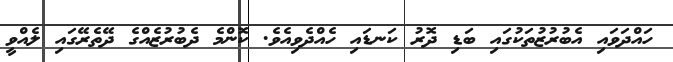
ހައްދަވައި އެބުރުޒުތަކުގައި ބަޑި ދޮރު ކަނޑައި ހެއްދެވިއެވެ. ކޮންމެ ދެބުރުޒެއްގެ ދޭތެރޭގައި ލެއްވީ